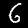
Digit: 6